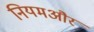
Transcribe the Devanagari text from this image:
नियमऔर